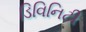
ડિવિનિટી